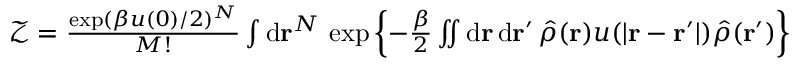
\begin{array} { r } { \mathcal { Z } = \frac { \exp ( \beta u ( 0 ) / 2 ) ^ { N } } { M ! } \int \mathrm { d } \mathbf { r } ^ { N } \, \exp \left\{ - \frac { \beta } { 2 } \iint \mathrm { d } \mathbf { r } \, \mathrm { d } \mathbf { r } ^ { \prime } \, \hat { \rho } ( \mathbf { r } ) u ( \vert \mathbf { r } - \mathbf { r } ^ { \prime } \vert ) \hat { \rho } ( \mathbf { r } ^ { \prime } ) \right\} } \end{array}